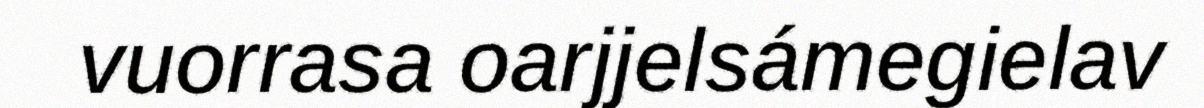
vuorrasa oarjjelsámegielav